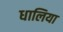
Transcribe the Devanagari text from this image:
धालिया